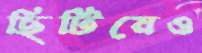
ছিটিয়েও